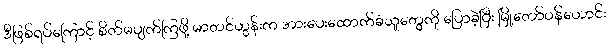
ဒီဖြစ်ရပ်ကြောင့် စိတ်မပျက်ကြဖို့ မာတင်ဟွန်းက အားပေးထောက်ခံသူတွေကို ပြောခဲ့ပြီး မြို့တော်ဝန်ဟောင်း